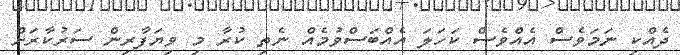
ދެއްކި ނަމަވެސް އެއްވެސް ކަހަލަ އެއްބަސްވުމެއް ނެތި ކުރާ މި ވިޔަފާރިން ސަރުކާރަށް